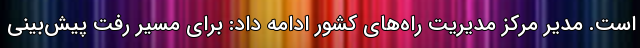
است. مدیر مرکز مدیریت راه‌های کشور ادامه داد: برای مسیر رفت پیش‌بینی